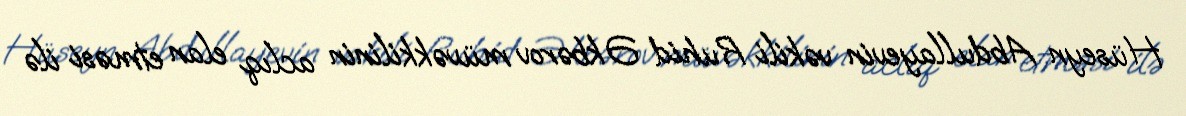
Hüseyn Abdullayevin vəkili Ruhid Əkbərov müvəkkilinin aclıq elan etməsi ilə